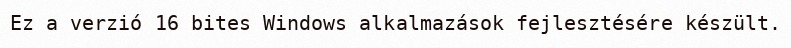
Ez a verzió 16 bites Windows alkalmazások fejlesztésére készült.